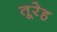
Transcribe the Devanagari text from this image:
तूरेह